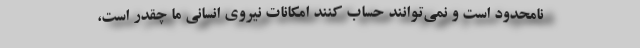
نامحدود است و نمی‌توانند حساب کنند امکانات نیروی انسانی ما چقدر است،